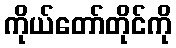
ကိုယ်တော်တိုင်ကို